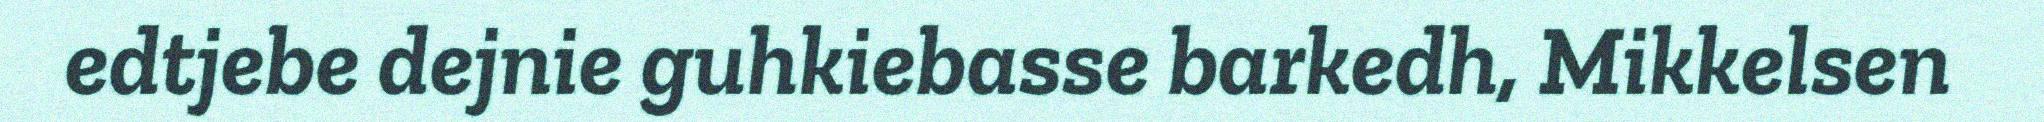
edtjebe dejnie guhkiebasse barkedh, Mikkelsen